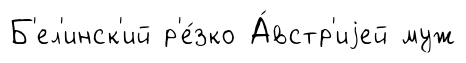
Б'ел'инск'ий р'е́зко А́встр'иjей муж